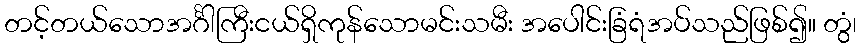
တင့်တယ်သောအင်္ဂါကြီးငယ်ရှိကုန်သောမင်းသမီး အပေါင်းခြံရံအပ်သည်ဖြစ်၍။ တွံ၊